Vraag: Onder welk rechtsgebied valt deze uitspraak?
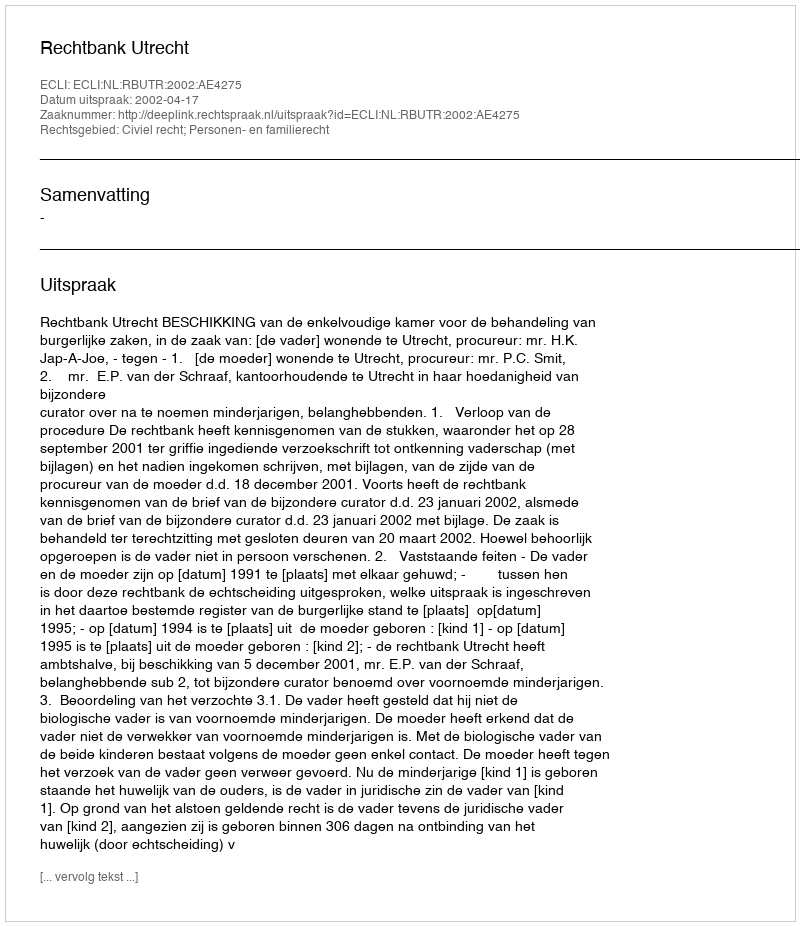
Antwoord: Civiel recht; Personen- en familierecht